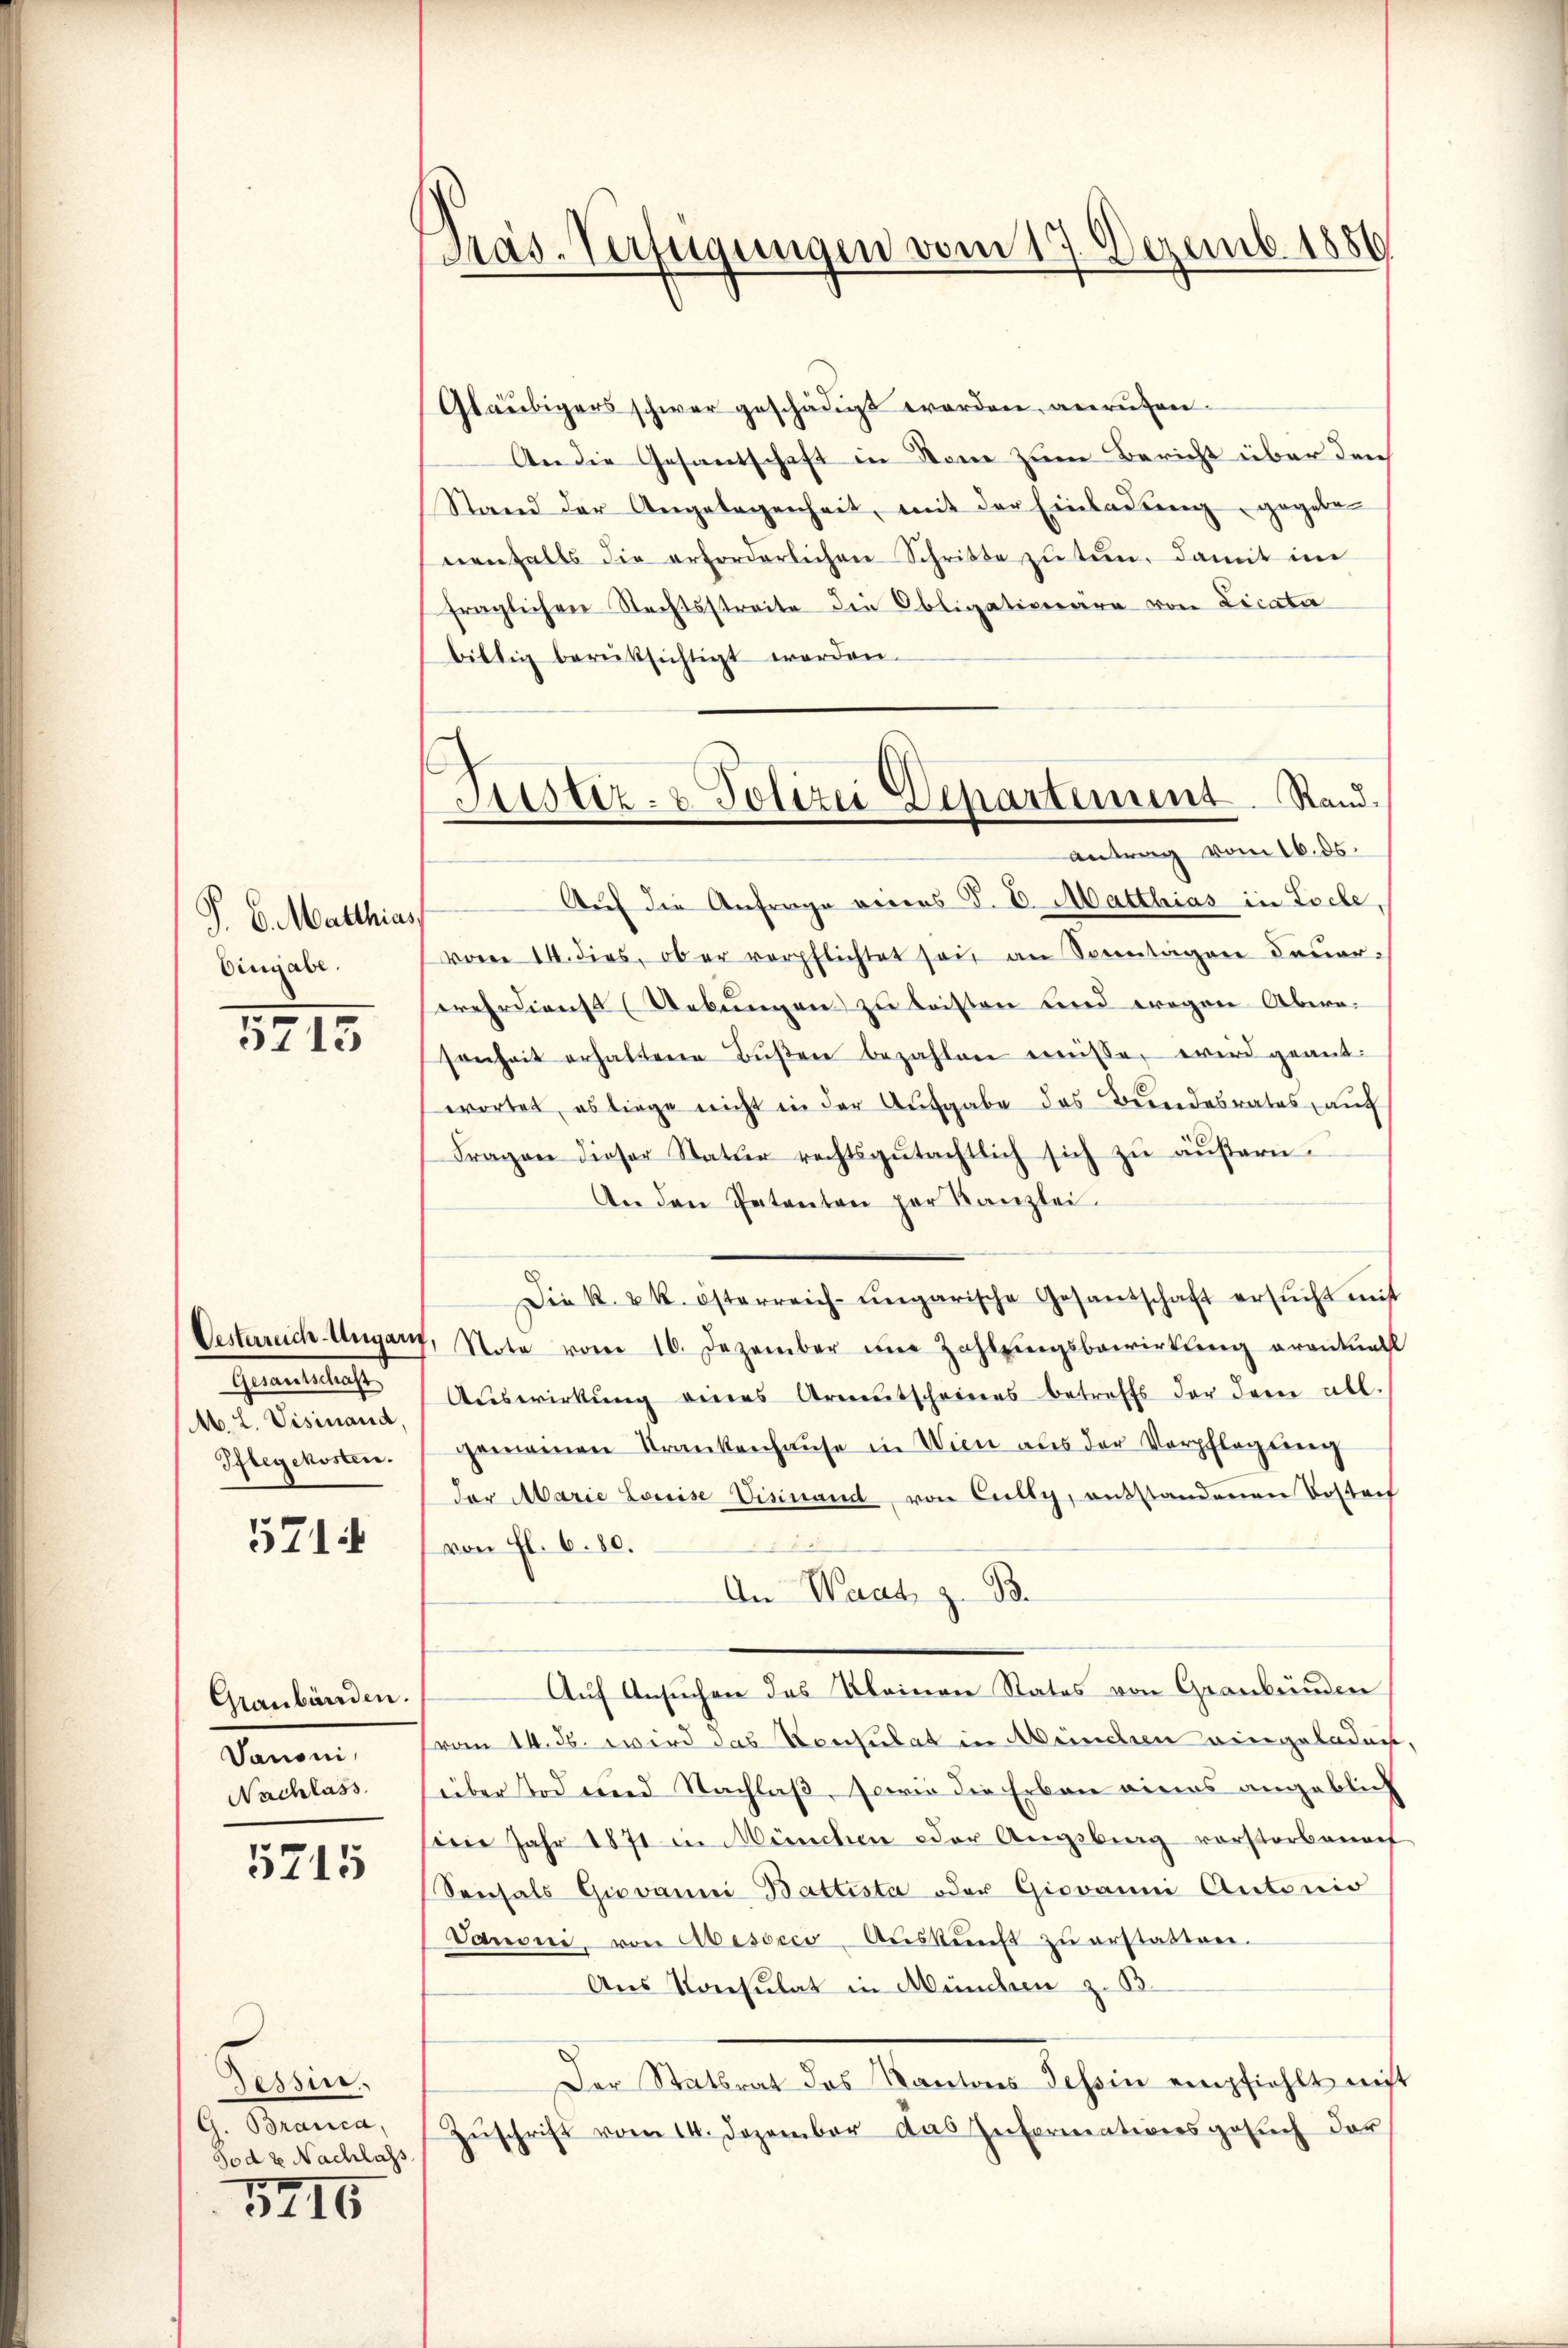
P. 6. Matthias
Eingabe.

5715

raeubelastet
Pflegekosten.

5714

Graubünden.
Danoni,
Nachlass

5715

Tessin,
Branca,
Tod z Nachlass

5416

Pras. Verfügungen vom 17. Dezemb. 1886

Gläubigers schwer geschädigt worden, anrufen.
An die Gesantschaft in Name zum Bericht über durch
Stand der Angelegenheit, mit der Einladung gegeben
nenfalls die erforderlichen Schritte zu tun, damit im
fraglichen Rechtsstreite die Obligationäre von Licata
biltig berüksichtigt worden.
Auf die Anfrage vieres P. V. Matthias in Loche,
vom 14. dies, ob er verpflichtet sei an Sonntagen dauer-
wehrdienst (Uebungen zu leisten und wegen Aberasonheit erhaltene Bŭβen bezahlen müsse, wird geantwortet, es liege nicht in der Aufgabe des Bundesrates, auf
Fragen dieser Statur rechtsgŭtachtlich sich zŭ äŭβern.
An den Patenten per Kanzlei.
Die k. k. österreich-ungarische Gesandschaft ersŭcht mit
Oesterreich-Ungarn, Note vom 16. Dezember in Zahlungsbewirkung erantuall
4. L. Visinanz. Aŭswirkŭng eines Armutscheines betreffs der dem all-
gemeinen Krankenhause in Wien aus der Verpflegung
der Marie Louise Visinand von Cully, entstandenen Vostait
von fl. 6. 80.
An Waat, z. B.
Auf Ansuchen des Kleinen States von Graubünden
from 14. ds. wird das Konsulat in Münden eingeladen.
süber Tod und Nachlaß, sowie die Erben eines angeblich
serie Jahr 1871 in München oder Augsburg vorstorbenach
Sensals Giovanni Battista oder Giovanni Antonio
Vauoni, von Abesocco-Aŭskŭnft zŭ erstatten.
Aus Konsulat in Mündern z. B.
Der Statsrat des Kantons Tessin empfiehlt nicht
Zŭschrift vom 14. Dezember das Informativersgesŭch der

Justiz- & Polizei Departement Randantrag vom 16. ds.